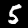
Digit: 5